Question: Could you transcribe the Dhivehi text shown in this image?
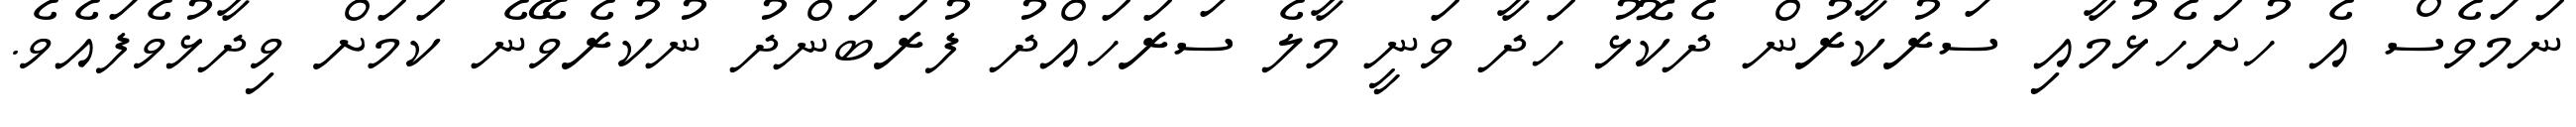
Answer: ނަމަވެސް އެ ހުށަހެޅުމާއި ސަރުކާރުން ދެކޮޅު ހަދާ ވަނީ މާލެ ސަރަހައްދު ފުރަބަންދު ނުކުރެވޭނެ ކަމަށް ވިދާޅުވެފައެވެ.